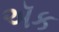
ઍક